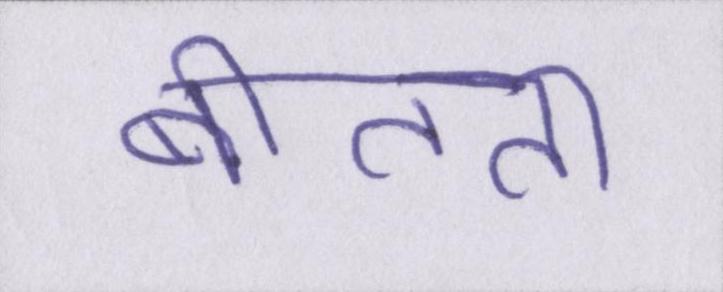
बीतता